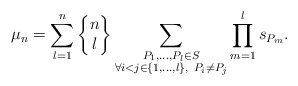
\begin{align*} \mu_{n} = \sum_{l=1}^n \begin{Bmatrix} n \\ l \end{Bmatrix} \sum_{\substack{P_1, \dots, P_{l}\in S \\ \forall i<j \in \{1, \dots, l\}, \ P_i \neq P_j}} \prod\limits_{m=1}^{l} s_{P_m}. \end{align*}